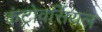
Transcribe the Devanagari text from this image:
कंट्रोवर्सियल